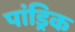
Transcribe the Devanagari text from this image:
पांड्रिक